Annual report of the Bengal Veterinary College and of the Civil Veterinary Department, Bengal, for the year 1911-1912 - 1911-1912
Year: 1911
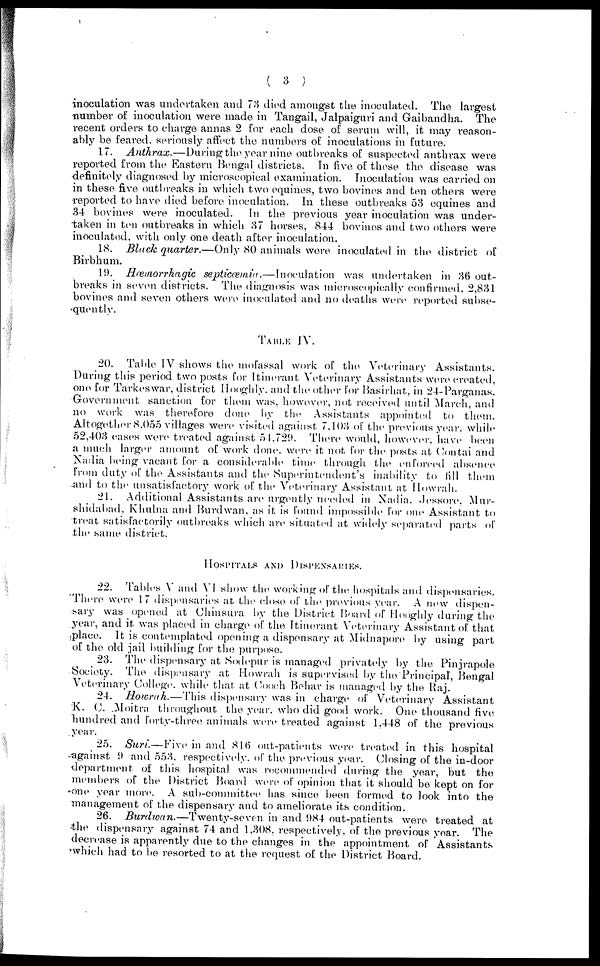
( 3 )
inoculation was undertaken and 73 died amongst the inoculated. The largest
number of inoculation were made in Tangail, Jalpaiguri and Gaibandha. The
recent orders to charge annas 2 for each dose of serum will, it may reason-
ably be feared, seriously affect the numbers of inoculations in future.
17. Anthrax.—During the year nine outbreaks of suspected anthrax were
reported from the Eastern Bengal districts. In five of these the disease was
definitely diagnosed by microscopical examination. Inoculation was carried on
in these five outbreaks in which two equines, two bovines and ten others were
reported to have died before inoculation. In these outbreaks 53 equines and
34 bovines were inoculated. In the previous year inoculation was under-
taken in ten outbreaks in which 37 horses, 844 bovines and two others were
inoculated, with only one death after inoculation.
18. Black quarter.—Only 80 animals wore inoculated in the district of
Birbhum.
19). Hæmorrhagic septicæmia.—Inoculation was undertaken in 36 out-
breaks in seven districts. The diagnosis was microscopically confirmed, 2,831
bovines and seven others were inoculated and no deaths were reported subse-
quently.
TABLE IV.
20. Table IV shows the mofassal work of the Veterinary Assistants.
During this period two posts for Itinerant Veterinary Assistants were created,
one for Tarkeswar, district Hooghly. and the other for Basirhat, in 24-Parganas.
Government sanction for them was, however, not received until March, and
no work was therefore done by the Assistants appointed to them.
Altogether 8,055 villages were visited against 7,103 of the previous year, while
52,403 cases were treated against 54,729. There would, however, have been
a much larger amount of work done, were it not for the posts at Contai and
Nadia being vacant for a considerable time through the enforced absence
from duty of the Assistants and the Superintendent's inability to fill them
and to the unsatisfactory work of the Veterinary Assistant at Howrah.
21. Additional Assistants are urgently needed in Nadia. .Jessore, Mur-
shidabad, Khulna and Burdwan, as it is found impossible for one Assistant to
treat satisfactorily outbreaks which are situated at widely separated parts of
the same district.
HOSPITALS AND DISPENSARIES.
22. Tables V and VI show the working of the hospitals and dispensaries.
There were 17 dispensaries at the close of the previous year. A new dispen-
sary was opened at Chinsura by the District Board of Hooghly during the
year, and it was placed in charge of the Itinerant Veterinary Assistant of that
place. It is contemplated opening a dispensary at Midnapore by using part
of the old jail building for the purpose.
23. The dispensary at Sodepur is managed privately by the Pinjrapole
Society. The dispensary at Howrah is supervised by the Principal, Bengal
Veterinary College. while that at Cooch Behar is managed by the Raj.
24. Howrah.— This dispensary was in charge of Veterinary Assistant
K. C. .Moitra throughout the year, who did good work. One thousand five
hundred and forty-three animals were treated against 1,448 of the previous
year.
25. Suri.—Five in and 816 out-patients were treated in this hospital
against 9 and 553. respectively. of the previous year. Closing of the in-door
department of this hospital was recommended during the year, but the
members of the District Board were of opinion that it should be kept on for
one year more. A sub-committee has since been formed to look into the
management of the dispensary and to ameliorate its condition.
26. Burdwan.—Twenty-seven in and 984 out-patients were treated at
the dispensary against 74 and 1,308, respectively, of the previous year. The
decrease is apparently due to the changes in the appointment of Assistants
which had to be resorted to at the request of the District Board.